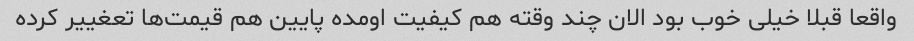
واقعا قبلا خیلی خوب بود الان چند وقته هم کیفیت اومده پایین هم قیمت‌ها تعغییر کرده